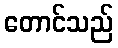
တောင်သည်